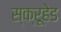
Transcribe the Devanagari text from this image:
स्क्रूहेड